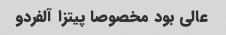
عالی بود مخصوصا پیتزا آلفردو